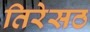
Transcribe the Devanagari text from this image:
तिरेसठ